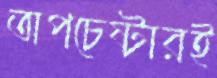
অপচেষ্টারই